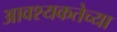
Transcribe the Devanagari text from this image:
आवश्यकतेच्या